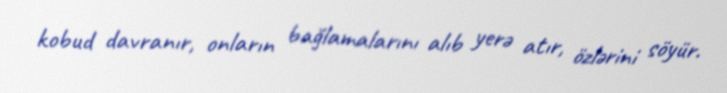
kobud davranır, onların bağlamalarını alıb yerə atır, özlərini söyür.